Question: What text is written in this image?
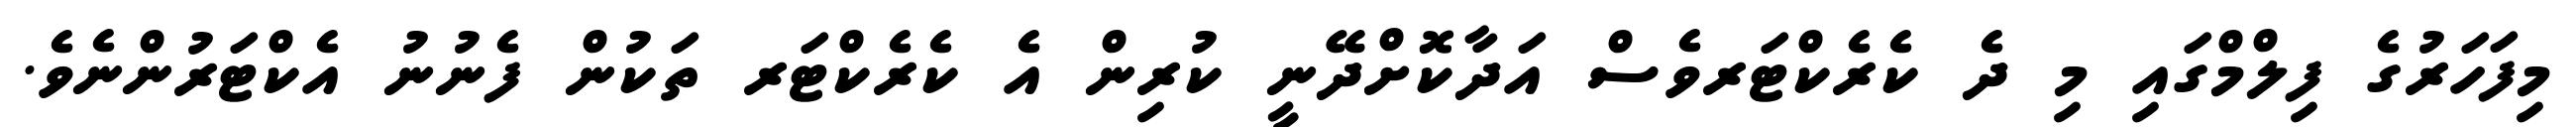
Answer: މިފަހަރުގެ ފިލްމްގައި މި ދެ ކެރެކްޓަރވެސް އަދާކޮށްދޭނީ ކުރިން އެ ކެރެކްޓަރ ތަކުން ފެނުނު އެކްޓަރުންނެވެ.